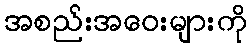
အစည်းအဝေးများကို